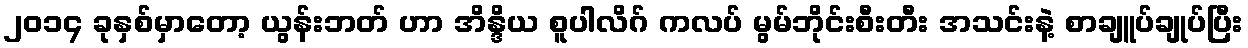
၂၀၁၄ ခုနှစ်မှာတော့ ယွန်းဘတ် ဟာ အိန္ဒိယ စူပါလိဂ် ကလပ် မွမ်ဘိုင်းစီးတီး အသင်းနဲ့ စာချူပ်ချုပ်ပြီး